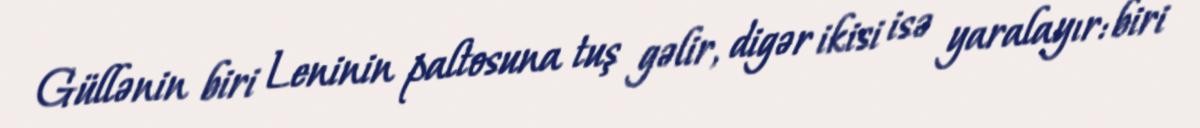
Güllənin biri Leninin paltosuna tuş gəlir, digər ikisi isə yaralayır: biri